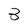
Character: 3